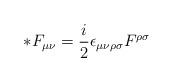
LaTeX: \begin{align*}*F_{\mu\nu} = \frac{i}{2} \epsilon_{\mu\nu\rho\sigma} F^{\rho\sigma}\end{align*}